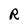
Character: R